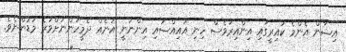
އިޝާން އެންމެ ކައިރީގައި އިންއިރުވެސް ހިނި އައިއްސައި އިންނަނީ އަނެއް ދެމީހުންނަށްވުރެ މަޑުންނެވެ.